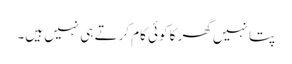
پتا نہیں گھر کا کوئی کام کرتے ہی نہیں ہیں۔